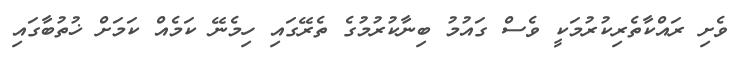
ވެށި ރައްކާތެރިކުރުމަކީ ވެސް ގައުމު ބިނާކުރުމުގެ ތެރޭގައި ހިމެނޭ ކަމެއް ކަމަށް ޚުތުބާގައި